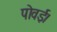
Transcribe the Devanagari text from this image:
पोवई।